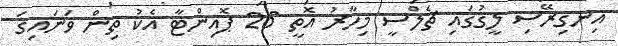
އިނގިރޭސި ލީގުގައި ޗެލްސީ މިހާރު އޮތީ 26 ޕޮއިންޓާ އެކު ތިން ވަނައިގަ